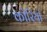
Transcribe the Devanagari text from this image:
कोरियां